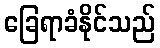
ခြေရာခံနိုင်သည်